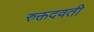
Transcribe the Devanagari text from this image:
रुक्तदवती